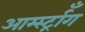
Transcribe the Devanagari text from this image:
आर्म्स्ट्राँग